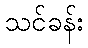
သင်ခန်း